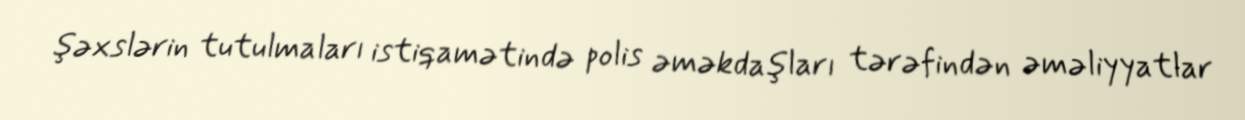
şəxslərin tutulmaları istiqamətində polis əməkdaşları tərəfindən əməliyyatlar